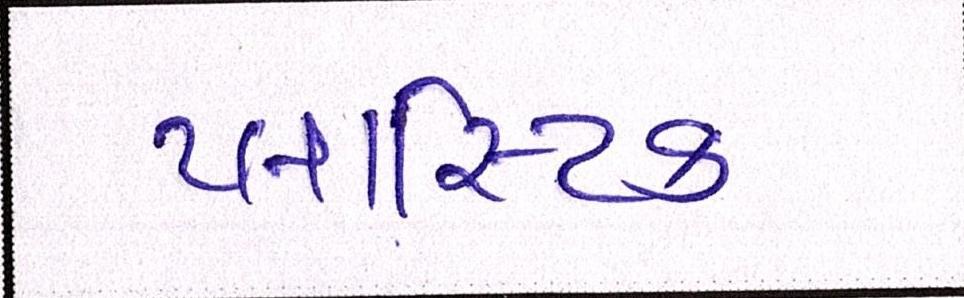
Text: પ્લાસ્ટિક